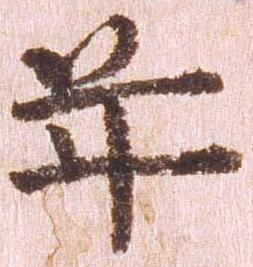
年